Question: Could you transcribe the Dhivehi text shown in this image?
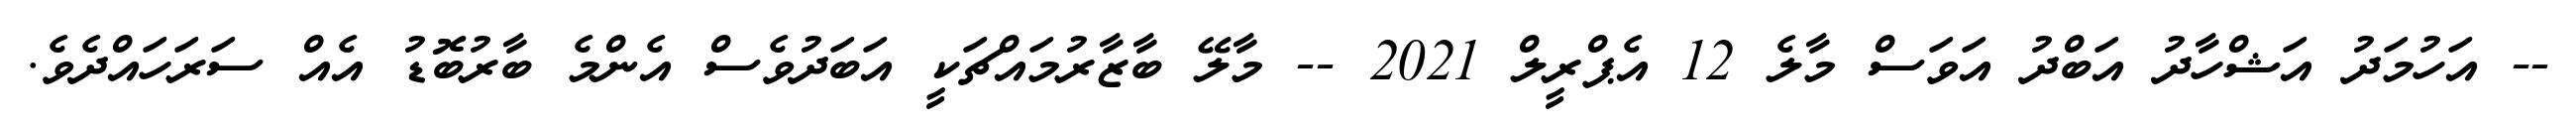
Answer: -- އަހުމަދު އަޝްހާދު އަބްދު އަވަސް މާލެ 12 އެޕްރީލް 2021 -- މާލޭ ބާޒާރުމައްޗަކީ އަބަދުވެސް އެންމެ ބާރުބޮޑު އެއް ސަރަހައްދެވެ.